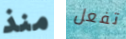
منذ تفعل